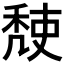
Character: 𥟹